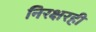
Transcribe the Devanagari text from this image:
निरक्षरही